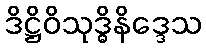
ဒိဋ္ဌိဝိသုဒ္ဓိနိဒ္ဒေသ